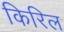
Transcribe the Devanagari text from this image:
किरिल